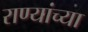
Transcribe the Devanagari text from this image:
राण्यांच्या